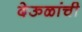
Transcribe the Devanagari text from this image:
देऊळांची